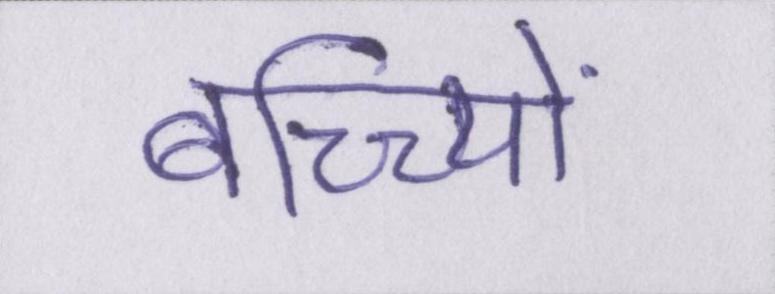
बच्च्यिों